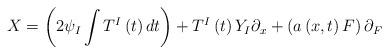
LaTeX: \begin{align*}X=\left( 2\psi _{I}\int T^{I}\left( t\right) dt\right) +T^{I}\left( t\right)Y_{I}\partial _{x}+\left( a\left( x,t\right) F\right) \partial _{F}\end{align*}